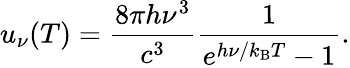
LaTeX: u_{\nu}(T)={\frac{8\pi h\nu^{3}}{c^{3}}}{\frac{1}{e^{h\nu/k_{\mathrm{B}}T}-1}}.